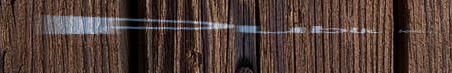
Public Restroom